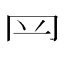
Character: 𦉰